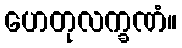
ဟေတုလက္ခဏံ။